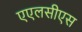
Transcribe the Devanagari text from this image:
एएलसीएस